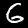
Label: 6